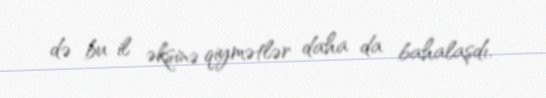
də bu il əksinə qiymətlər daha da bahalaşdı.